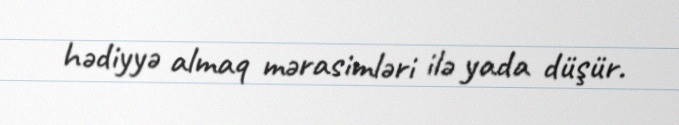
hədiyyə almaq mərasimləri ilə yada düşür.